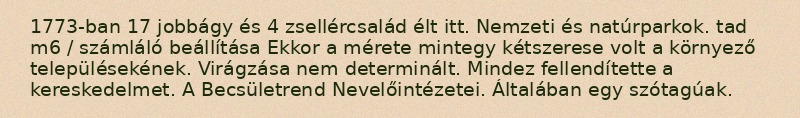
1773-ban 17 jobbágy és 4 zsellércsalád élt itt. Nemzeti és natúrparkok. tad m6 / számláló beállítása Ekkor a mérete mintegy kétszerese volt a környező településekének. Virágzása nem determinált. Mindez fellendítette a kereskedelmet. A Becsületrend Nevelőintézetei. Általában egy szótagúak.